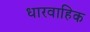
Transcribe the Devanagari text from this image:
धारवाहिक